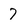
Character: 7